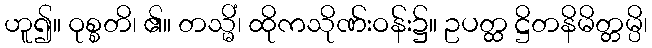
ဟူ၍။ ဝုစ္စတိ၊ ၏။ တသ္မိံ၊ ထိုကသိုဏ်းဝန်း၌။ ဥပတ္ထ ဋ္ဌိတနိမိတ္တမ္ပိ၊